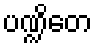
ပဏ္ဍိတေ